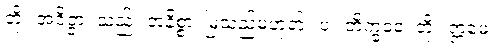
တို့။ အဝိဇ္ဇာ၊ သည်။ အနိစ္စာ၊ မြဲသည်မဟုတ်။ ပ။ ဘိက္ခဝေ၊ တို့။ ဣမေ၊